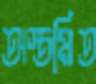
অস্তমিত